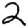
Digit: 2